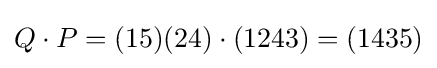
Q\cdot P=(15)(24)\cdot (1243)=(1435)